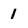
Character: 1